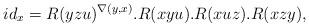
LaTeX: \begin{align*}id_{x}= R(yzu)^{\nabla (y,x)}. R(xyu).R(xuz).R(xzy),\end{align*}